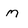
Character: M